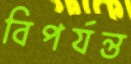
বিপর্যন্ত